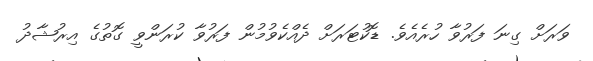
ވަރަށް ގިނަ ފަރުވާ ހުރެއެވެ. ޑޮކުޓަރަށް ދެއްކެވުމުން ފަރުވާ ކުރަންވީ ގޮތުގެ އިރުޝާދު